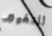
للتغيير